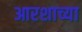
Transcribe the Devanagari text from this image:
आरशाच्या